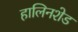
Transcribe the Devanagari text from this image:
हालिनशेड